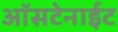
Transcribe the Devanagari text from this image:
ऑसटेनाईट